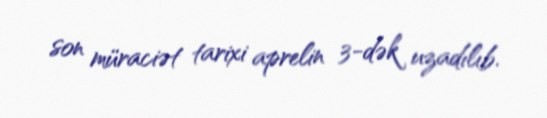
son müraciət tarixi aprelin 3-dək uzadılıb.